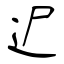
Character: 迉